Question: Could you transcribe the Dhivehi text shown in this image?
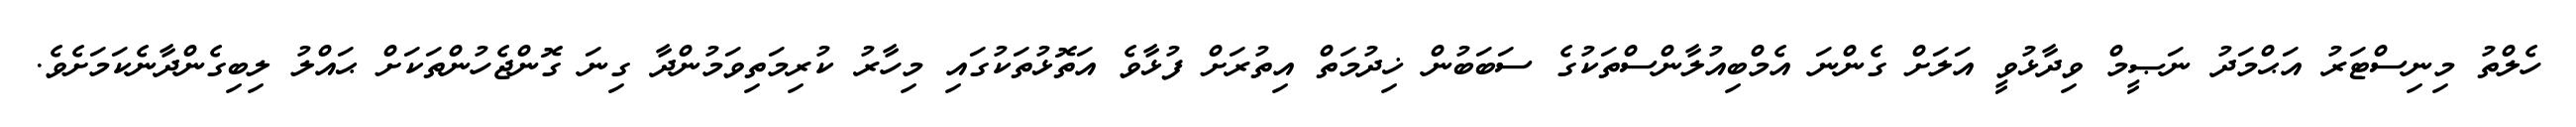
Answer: ހެލްތު މިނިސްޓަރު އަޙްމަދު ނަޞީމް ވިދާޅުވީ އަލަށް ގެންނަ އެމްބިއުލާންސްތަކުގެ ސަބަބުން ޚިދުމަތް އިތުރަށް ފުޅާވެ އަތޮޅުތަކުގައި މިހާރު ކުރިމަތިވަމުންދާ ގިނަ ގޮންޖެހުންތަކަށް ޙައްލު ލިބިގެންދާނެކަމަށެވެ.